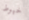
خيوط